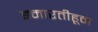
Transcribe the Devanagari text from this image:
इमारतीहून